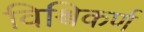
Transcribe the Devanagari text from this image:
विश्विकर्ण